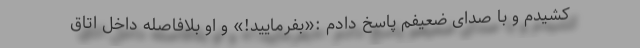
کشیدم و با صدای ضعیفم پاسخ دادم :«بفرمایید!» و او بلافاصله داخل اتاق